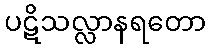
ပဋိသလ္လာနရတော